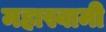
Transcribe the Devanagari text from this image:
महास्वामी